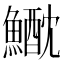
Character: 𩻕